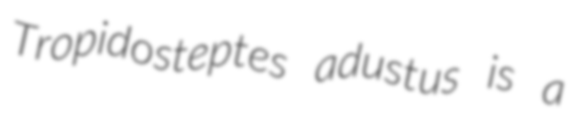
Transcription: Tropidosteptes adustus is a